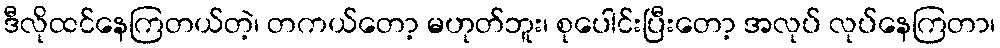
ဒီလိုထင်နေကြတယ်တဲ့၊ တကယ်တော့ မဟုတ်ဘူး၊ စုပေါင်းပြီးတော့ အလုပ် လုပ်နေကြတာ၊